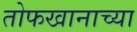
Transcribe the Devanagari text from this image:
तोफखानाच्या